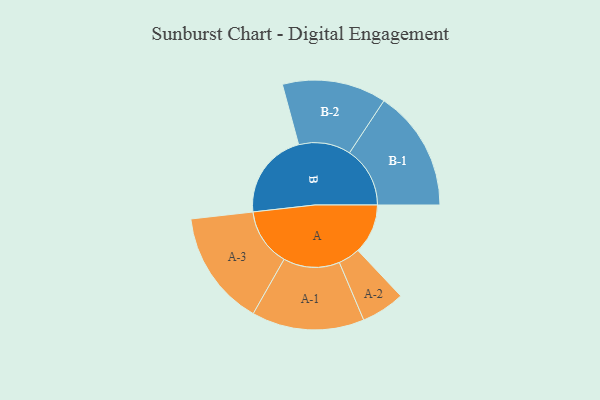
{"axis": {"x": "Segment", "y": "Value"}, "legend": ["", "A", "B"], "data": [{"x": "A", "y": 236, "type": ""}, {"x": "B", "y": 411, "type": ""}, {"x": "A-1", "y": 266, "type": "A"}, {"x": "A-2", "y": 103, "type": "A"}, {"x": "A-3", "y": 273, "type": "A"}, {"x": "B-1", "y": 286, "type": "B"}, {"x": "B-2", "y": 246, "type": "B"}]}